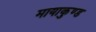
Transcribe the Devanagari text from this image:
मायाकुण्ड